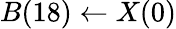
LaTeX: B(18)\leftarrow X(0)